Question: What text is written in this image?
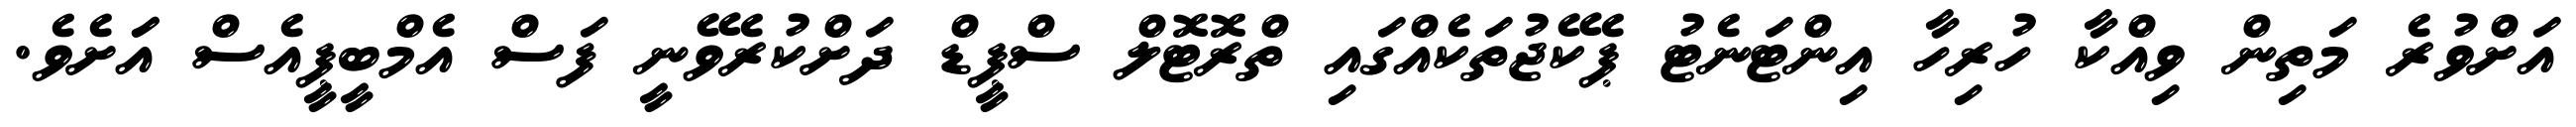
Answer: އަށްވުރެ މަތިން ވިއްކާ ހުރިހާ އިންޓަނެޓު ޕެކޭޖުތަކެއްގައި ތްރޮޓޮލް ސްޕީޑް ދަށްކުރެވޭނީ ފަސް އެމްބީޕީއެސް އަަށެވެ.